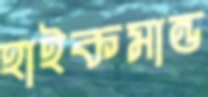
হাইকমান্ড